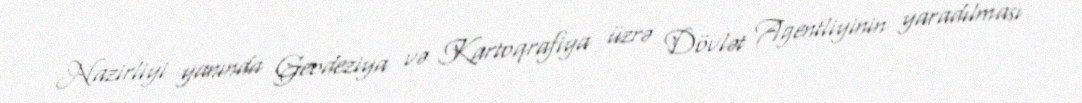
Nazirliyi yanında Geodeziya və Kartoqrafiya üzrə Dövlət Agentliyinin yaradılması